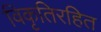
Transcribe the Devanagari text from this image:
विकृतिरहित